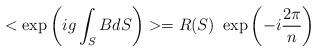
LaTeX: \begin{align*}<\exp\left(ig\int_SBdS\right)>=R(S)~ \exp\left(-i\frac{2\pi}{n}\right)\end{align*}